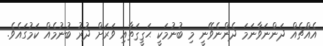
އެއްޗެއް ދަންނަވާނަމަ ދެންނެވޭނީ މި ބުނުމަކީ ޙަޤީޤަތާއި ވަރަށް ދުރު ބުނުމެއް ކަމުގައެވެ.